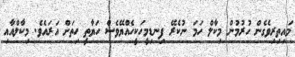
މައިތިރިވެގެން ހުރުމުން މިކާލް ހަމަ ނުކެރޭ ފިނޑިމީހަކީހެއްޔޭވެސް ހަޔާތީ ހިތަށް އަރައެވެ. މިކާލްއާއި